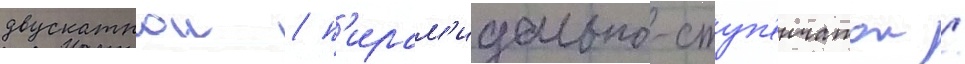
двускатнои / п'ирам'идально-ступ'енчатои /